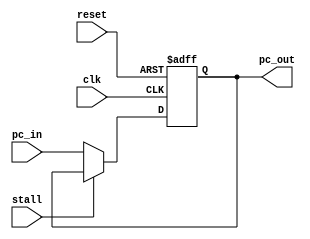
`timescale 1ns / 1ps

/**
 * PC 
 */

`define PC_WIDTH 32
`define PC_BUS (`PC_WIDTH - 1):0

module PC (
    input clk,
    input reset,
    input stall,
    input [`PC_BUS] pc_in,
    output reg [`PC_BUS] pc_out
    );

    always @(negedge clk or posedge reset) begin
        if (reset) pc_out <= `PC_WIDTH'd0;
        else if (stall) pc_out <= pc_out;
        else pc_out <= pc_in;
    end

endmodule